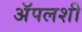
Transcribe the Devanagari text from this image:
अॅपलशी